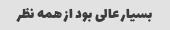
بسیار عالی بود از همه نظر